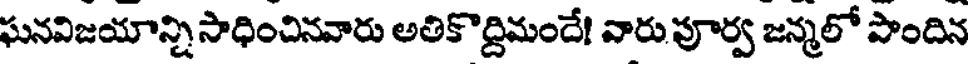
ఘనవిజయాన్ని సాధించినవారు అతికొద్దిమందే! వారు పూర్వ జన్మలో పొందిన